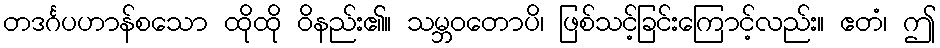
တဒင်္ဂပဟာန်စသော ထိုထို ဝိနည်း၏။ သမ္ဘဝတောပိ၊ ဖြစ်သင့်ခြင်းကြောင့်လည်း။ ဧတံ၊ ဤ